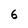
Character: 6